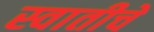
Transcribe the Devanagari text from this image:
स्वातीचे